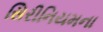
સિરીનિયમના